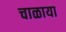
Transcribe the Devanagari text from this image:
चाळाया